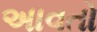
અાવતો